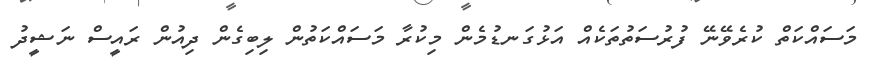
މަސައްކަތް ކުރެވޭނޭ ފުރުސަތުތަކެއް އަޅުގަނޑުމެން މިކުރާ މަސައްކަތުން ލިބިގެން ދިއުން ރައީސް ނަޝީދު